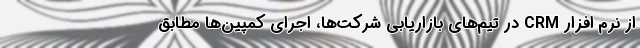
از نرم افزار CRM در تیم‌های بازاریابی شرکت‌ها، اجرای کمپین‌ها مطابق